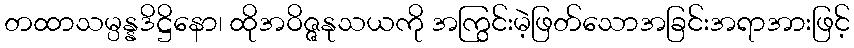
တထာသမ္ပန္နဒိဋ္ဌိနော၊ ထိုအဝိဇ္ဇနုသယကို အကြွင်းမဲ့ဖြတ်သောအခြင်းအရာအားဖြင့်